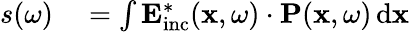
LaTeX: \begin{array}{rl}{s(\omega)}&{{}=\int\mathbf{E}_{\mathrm{inc}}^{*}(\mathbf{x},\omega)\cdot\mathbf{P}(\mathbf{x},\omega)\, \mathrm{d}\mathbf{x}}\end{array}